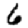
Digit: 6